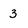
Character: 3